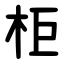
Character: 柜